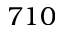
7 1 0